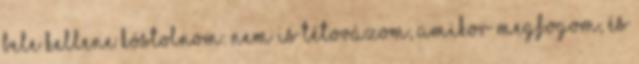
bele kellene kóstolnom. Nem is tétovázom, amikor megfogom, és